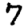
Digit: 7